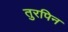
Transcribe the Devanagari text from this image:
तुरपिन